Scottish Certificate of Education, 1963
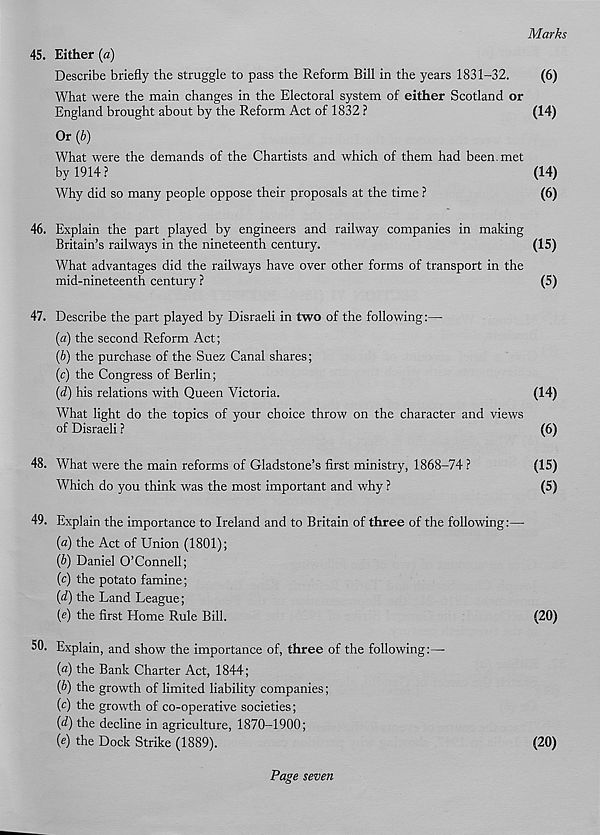
Marks
45. Either (a)
Describe briefly the struggle to pass the Reform Bill in the years 1831-32.
(6)
What were the main changes in the Electoral system of either Scotland or
England brought about by the Reform Act of 1832 ?
(14)
Or{b)
What were the demands of the Chartists and which of them had been, met
by 1914 ?
(14)
Why did so many people oppose their proposals at the time ?
(6)
46. Explain the part played by engineers and railway companies in making
Britain’s railways in the nineteenth century.
(15)
What advantages did the railways have over other forms of transport in the
mid-nineteenth century ?
(5)
47. Describe the part played by Disraeli in two of the following:—
(a) the second Reform Act;
(b) the purchase of the Suez Canal shares;
(c) the Congress of Berlin;
(d) his relations with Queen Victoria.
(14)
What light do the topics of your choice throw on the character and views
of Disraeli ?
(6)
48. What were the main reforms of Gladstone’s first ministry, 1868-74 ?
(15)
Which do you think was the most important and why ?
(5)
49. Explain the importance to Ireland and to Britain of three of the following:—
{a) the Act of Union (1801);
(b) Daniel O’Connell;
(c) the potato famine;
{d) the Land League;
(e) the first Home Rule Bill.
(20)
50. Explain, and show the importance of, three of the following:—
{a) the Bank Charter Act, 1844;
(6) the growth of limited liability companies;
( c ) the growth of co-operative societies;
{d) the decline in agriculture, 1870-1900;
(e) the Dock Strike (1889).
(20)
Page seven